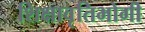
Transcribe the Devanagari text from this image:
शिक्षावृतिभोगी